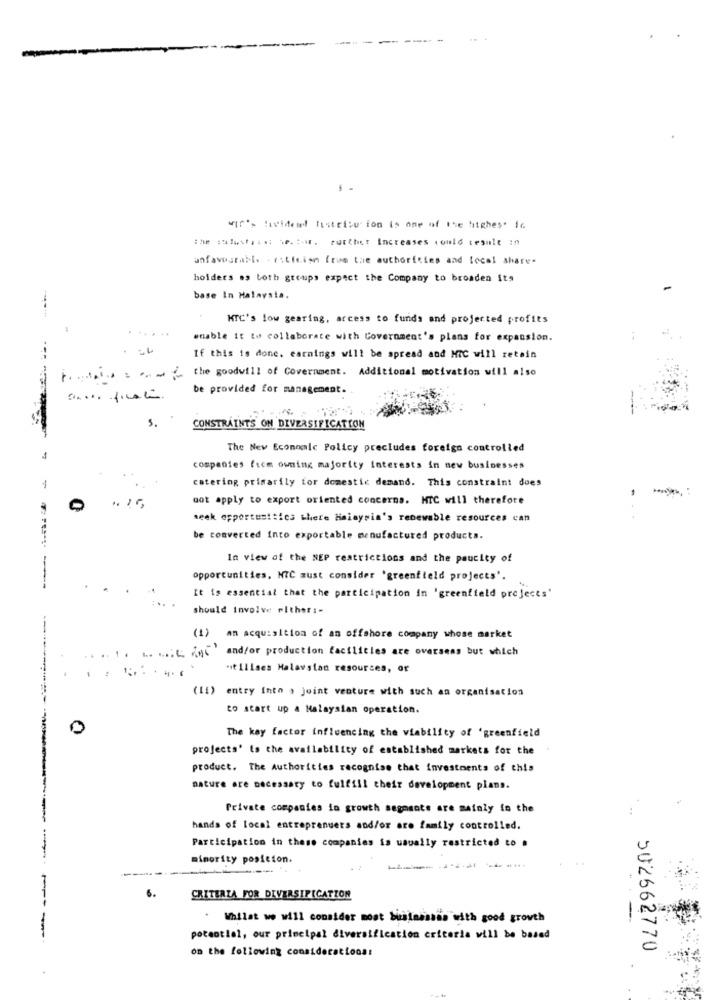
..
wir's lavidere thatrisu ion is one of the highest ic
the :test ...: we. :- m. Further Increases could tesalt in
unfavorable . estieish from the authorities and local share-
holders es both groups expect the Company to broaden its
base In Malaysia.
HTC's low gearing, access to funds and projected profits
enable it to collaborate with Government's plans for expansion.
If this is done. earnings will be spread and MIC will retain
1 ...... = the goodvill of Government. Additional motivation will also
be provided for management.
-
5.
CONSTRAINTS ON DIVERSIFICATION
The New Economic Policy precludes foreign controlled
companies fice owning majority Interests in new businesses
catering primarily for domestic demand. This constraint does
not apply to export oriented concerna. HTC will therefore
0
.. 15
seek opportunities there Haiaysia's renewable resources can
be converted into exportable menufactured products.
In view of the NEP restrictions and the paucity of
opportunities. NIC aust consider 'greenfield projects'.
It is essential that the participation in 'greenfield projects'
should involve either :-
(1) an acquisition of an offshore company whose market
. ... L &M and/or production facilities are overseas but which
"tilises Malaysian resources, or
(11) entry into a joint venture with such an organisation
to start up a Malaysian operation.
0
The key factor influencing the viability of 'greenfield
projects' is the availability of established markets for the
product. The Authorities recognise that investments of this
nature are necessary to fulfill their development plans.
Private companies in growth segments are mainly is the
..
hands of local entreprenuers and/or are family controlled.
Participation in these companies is usually restricted to .
minority posicion.
CRITERIA FOR DIVERSIFICATION
.
Whilst we will consider most bisinsssss with good growth
potentiel, our principal diversification criteria will be based
on the following considerations:
502662770